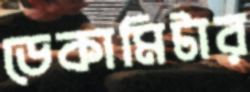
ডেকামিটার